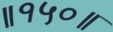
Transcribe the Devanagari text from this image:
॥१५०॥